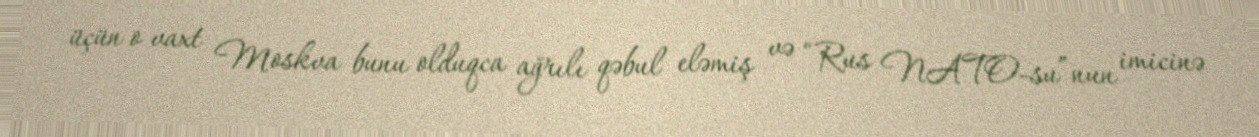
üçün o vaxt Moskva bunu olduqca ağrılı qəbul eləmiş və “Rus NATO-su”nun imicinə